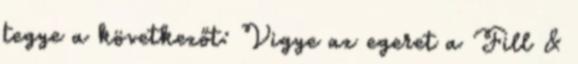
tegye a következőt: Vigye az egeret a Fill &